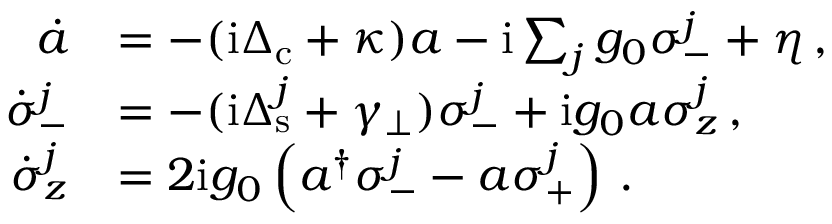
\begin{array} { r l } { \dot { a } } & { = - ( \mathrm { i } \Delta _ { \mathrm { c } } + \kappa ) a - \mathrm { i } \sum _ { j } g _ { 0 } \sigma _ { - } ^ { j } + \eta \, , } \\ { \dot { \sigma } _ { - } ^ { j } } & { = - ( \mathrm { i } \Delta _ { \mathrm { s } } ^ { j } + \gamma _ { \perp } ) \sigma _ { - } ^ { j } + \mathrm { i } g _ { 0 } a \sigma _ { z } ^ { j } \, , } \\ { \dot { \sigma } _ { z } ^ { j } } & { = 2 \mathrm { i } g _ { 0 } \left( a ^ { \dagger } \sigma _ { - } ^ { j } - a \sigma _ { + } ^ { j } \right) \, . } \end{array}